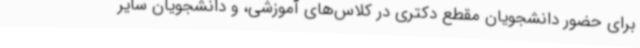
برای حضور دانشجویان مقطع دکتری در کلاس‌های آموزشی، و دانشجویان سایر